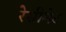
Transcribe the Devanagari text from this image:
रेसीमेट